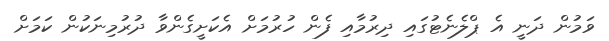
ވަމުން ދަނީ އެ ޕްލެނެޓުގައި ދިރުމާއި ފެން ހުރުމަށް އެކަށީގެންވާ ދުރުމިނަކުން ކަމަށް